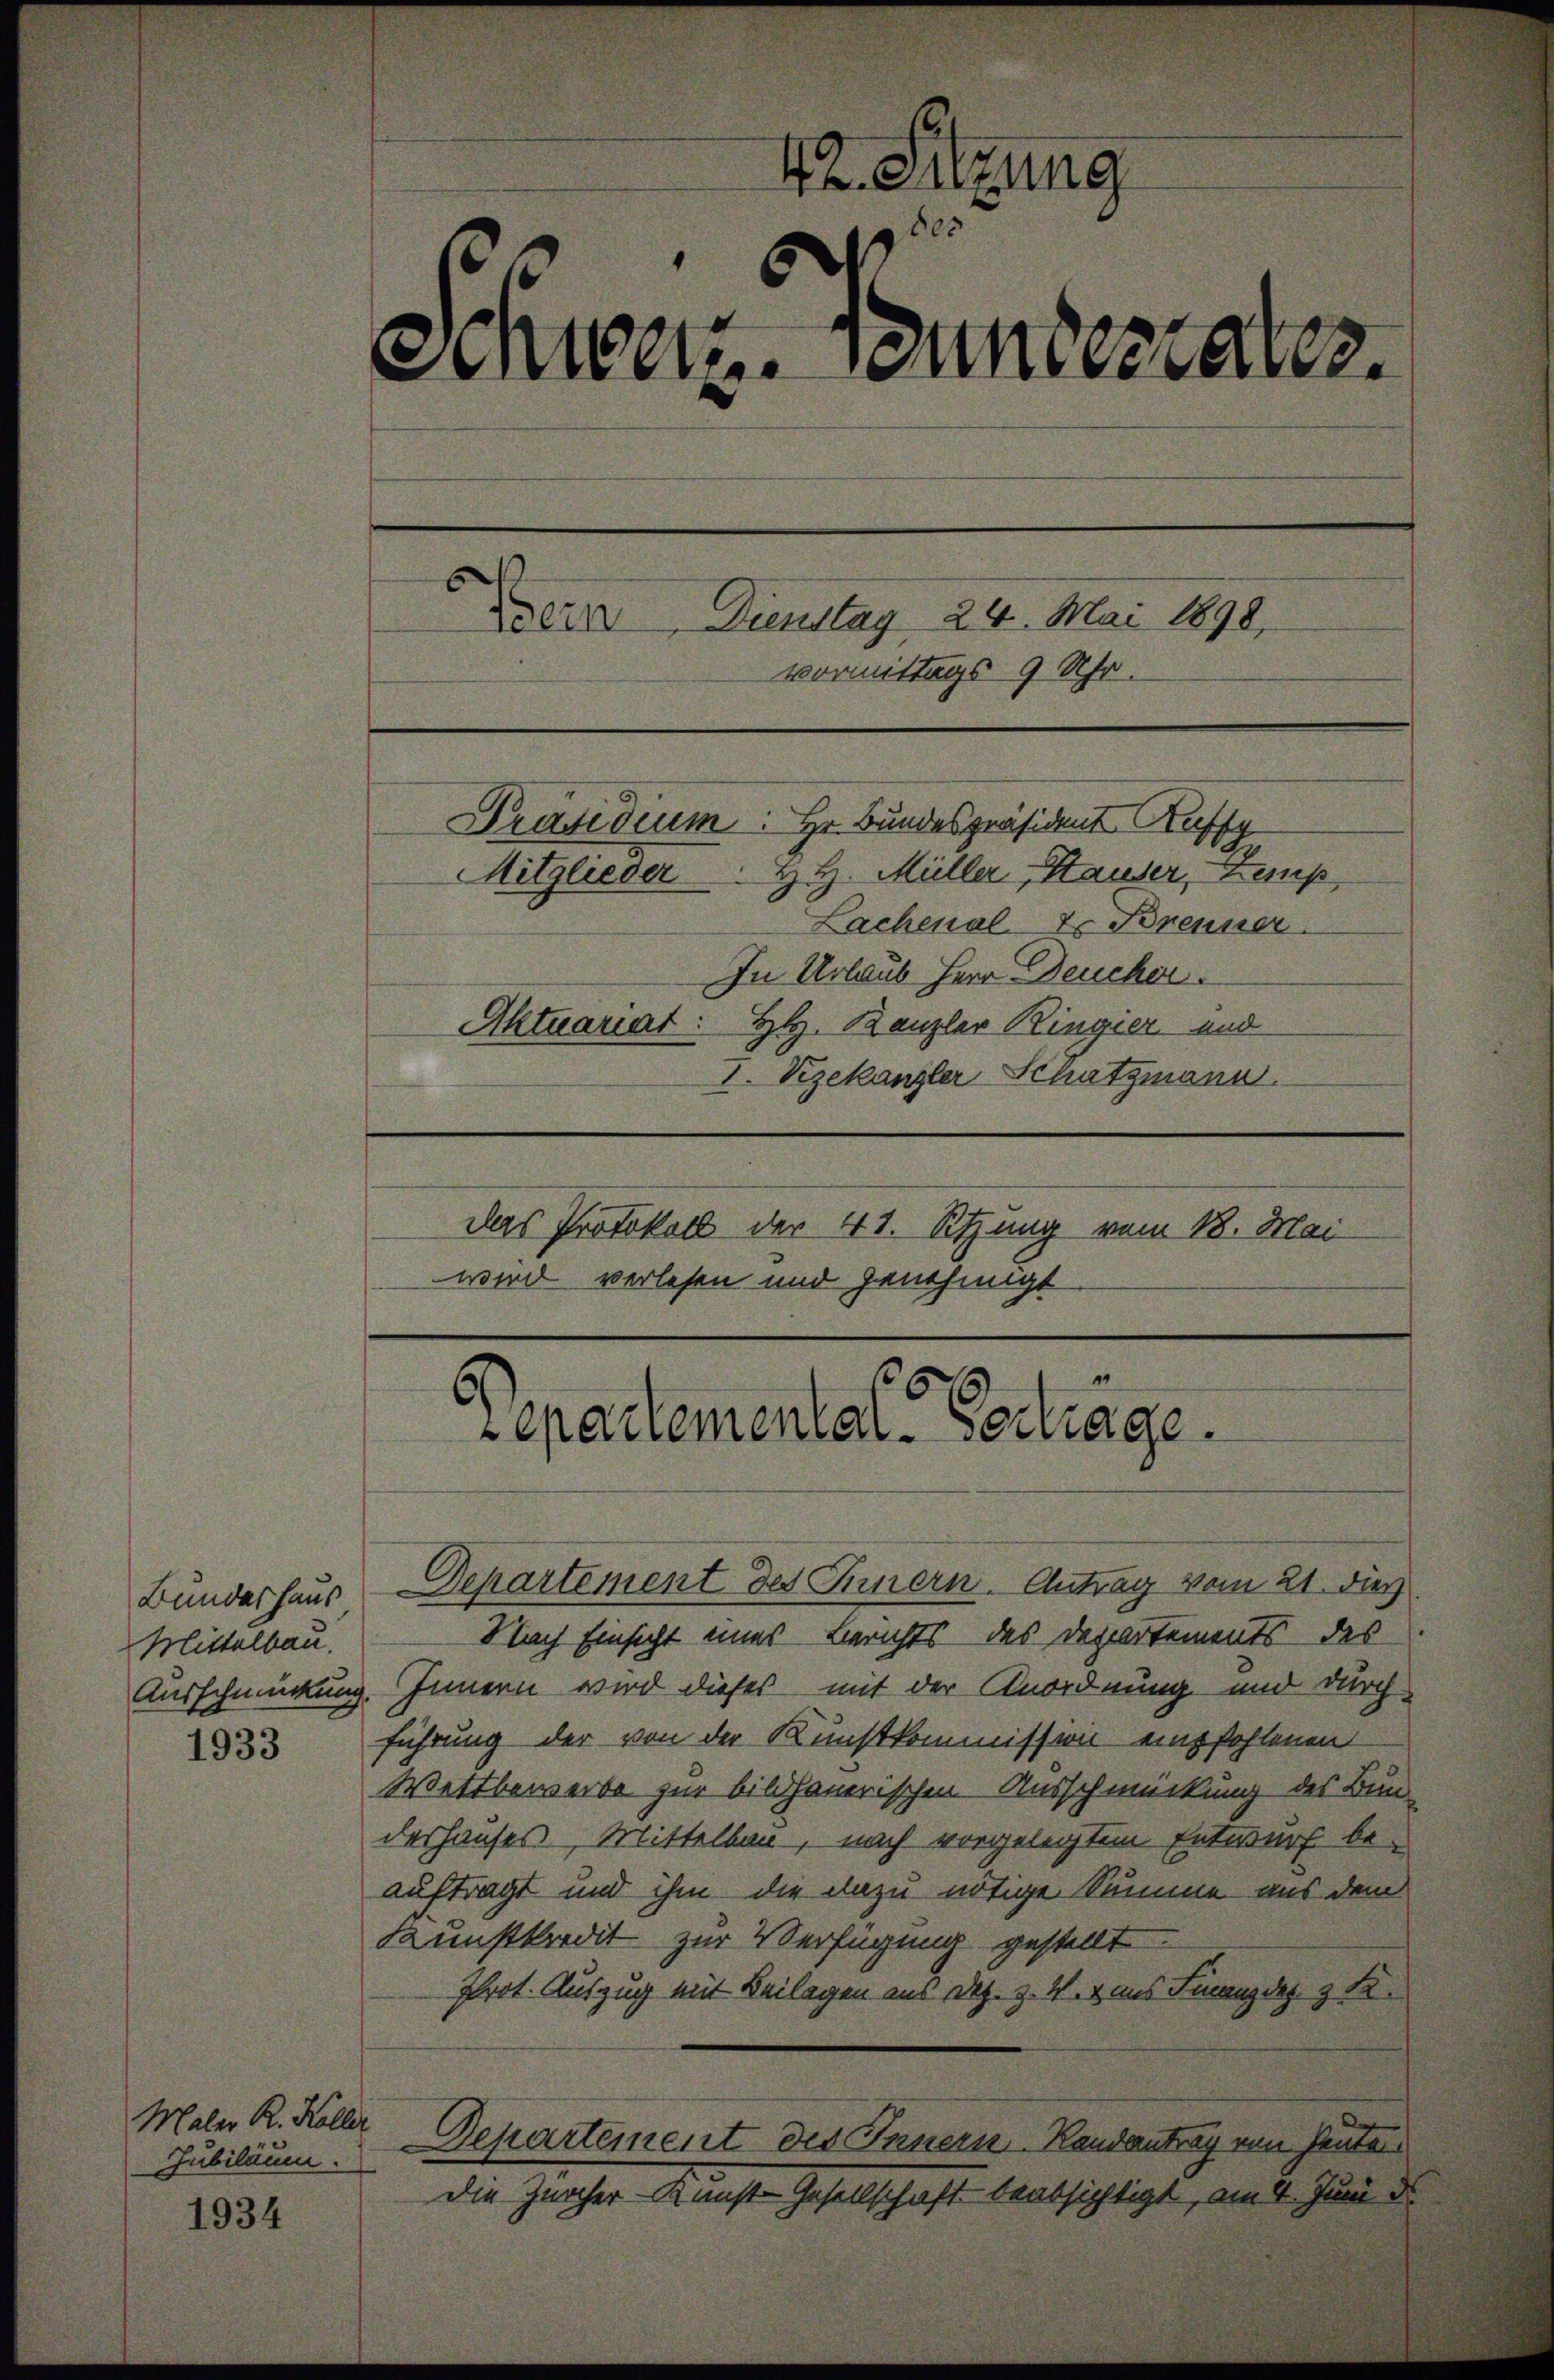
Bundeshaus
Mittelbau.

1933

Maler R. Koller
Jubiläum.

1934

42. Sitzung
des
sementementates.

Bern, Dienstag 24. Mai 1898,
vormittags 9 Uhr.
Lachenal-Er Brenner
In Urlaub Herr Deucher
Aktuariat: HH. Kanzler Ringier und
 Vizekanzler Schatzmann
Das Protokoll der 41. Sitzung vom 18. Mai
wird verlesen und genehmigt

Departemental-Esdiage.

Departement des Innern. Antrag vom 21. dies
Nach Einsicht eines Berichts des Departements des
Ausschmückung. Innern wird dieses mit der Anordnung und durch
führung der von der Kunstkommission empfohlenen
Wettbewerbe zur bildhauerischen Ausschmückung des Bun-
deshauses, Mittelbau, nach vorgelegtem Entwurf be-
auftragt und ihm die dazu nötige Summe aus dem
Kunstkredit zur Verfügung gestellt.
Prot. Auszug mit Beilagen aus Dez. z. W. v aus Finanz dez. z K.
Departement des Innern Randantrag von sentar
die Zürcher Kunst-Gesellschaft beabsichtigt, am 4. Juni ds

Präsidium: Hr. Bundespräsident Ausg
Mitglieder H. H. Müller Hauser, Zemp